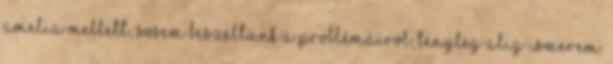
Amelia mellett, sosem beszéltünk a problémáiról; tényleg alig ismerem.